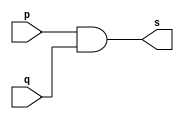
// -------------------------
// Exemplo0003 - AND
// Nome: Guilherme Augusto Bueno Borba
// -------------------------
// -------------------------
// -- and gate
// -------------------------
module andgate ( output s, 
                           input  p, 
                           input  q);
assign s = p & q;
endmodule // andgate
// ---------------------
// -- test and gate
// ---------------------
module testandgate;
// ------------------------- dados locais
   reg   a, b; // definir registradores
wire  s;    // definir conexao (fio)
// ------------------------- instancia
   andgate AND1 (s, a, b);
// ------------------------- preparacao
   initial begin:start
                   // atribuicao simultanea
// dos valores iniciais
      a=0; b=0;
   end// ------------------------- parte principal
   initial begin
         $display("Exemplo0003 - Guilherme Augusto Bueno Borba - 451564");
         $display("Test AND gate");
         $display("\na & b = s\n");
           a=0; b=0;
  #1   $display("%b & %b = %b", a, b, s);
           a=0; b=1;
  #1  $display("%b & %b = %b", a, b, s);
           a=1; b=0;
  #1   $display("%b & %b = %b", a, b, s);
           a=1; b=1;
  #1   $display("%b & %b = %b", a, b, s);
  end
endmodule // testandgate